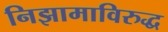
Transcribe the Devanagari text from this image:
निझामाविरुद्ध